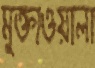
মুক্তাওয়ালা